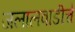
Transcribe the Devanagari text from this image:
जलालवाडीचे